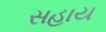
સહાય